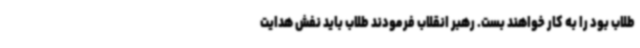
طلاب بود را به کار خواهند بست. رهبر انقلاب فرمودند طلاب باید نفش هدایت